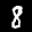
Label: 8